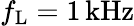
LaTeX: f_{\mathrm{L}}=1\, \mathrm{kHz}